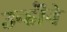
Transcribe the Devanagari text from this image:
उन्हॊंने